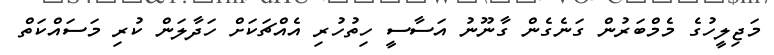
މަޖިލީހުގެ މެމްބަރުން ގަނެގެން ގާނޫނު އަސާސީ ހިތުހުރި އެއްޗަކަށް ހަދާލަން ކުރި މަސައްކަތް